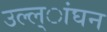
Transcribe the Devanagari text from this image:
उल्ल्ांघन